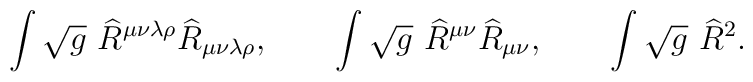
\int \sqrt{g}~\widehat{R}^{\mu \nu \lambda \rho }\widehat{R}_{\mu \nu\lambda \rho },\qquad \int \sqrt{g}~\widehat{R}^{\mu \nu }\widehat{R}_{\mu\nu },\qquad \int \sqrt{g}~\widehat{R}^{2}.